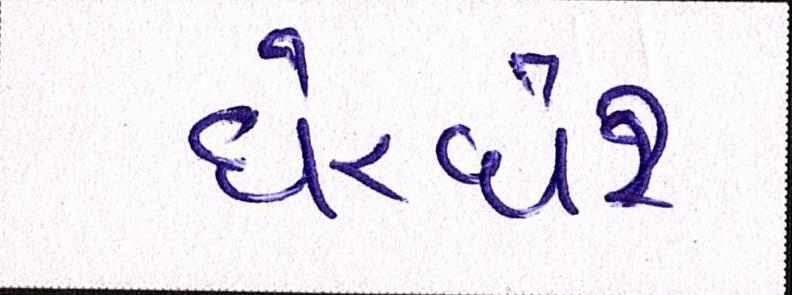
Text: ઘેરઘેર